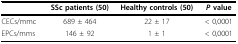
<table><thead><tr><td></td><td><b>SSc patients (50)</b></td><td><b>Healthy controls (50)</b></td><td><b><i>P </i>value</b></td></tr></thead><tbody><tr><td>CECs/mmc</td><td>689 ± 464</td><td>22 ± 17</td><td>&lt; 0,0001</td></tr><tr><td>EPCs/mms</td><td>146 ± 92</td><td>1 ± 1</td><td>&lt; 0,0001</td></tr></tbody></table>